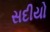
સદીયો